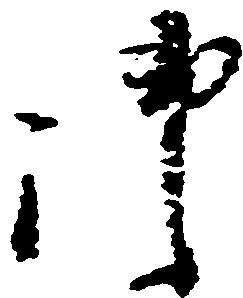
御